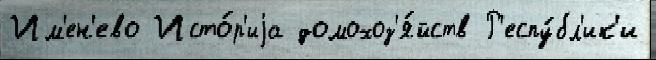
Им'ен'ево Исто́р'иjа домохоз'я́йств Р'еспу́бл'ик'и